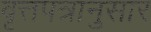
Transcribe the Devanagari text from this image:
वृत्तपत्रानुसार